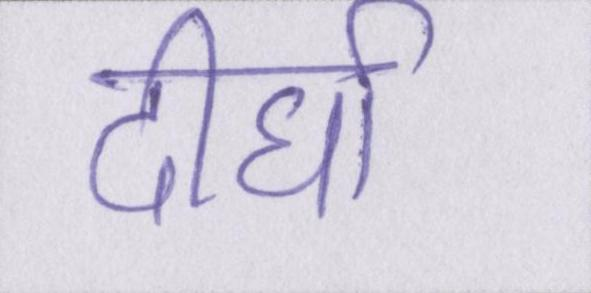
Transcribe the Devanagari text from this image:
दीर्घा